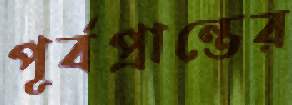
পূর্বপ্রান্তের